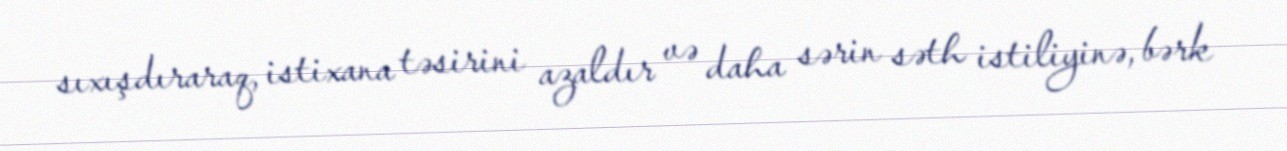
sıxışdıraraq, istixana təsirini azaldır və daha sərin səth istiliyinə, bərk